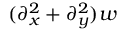
( \partial _ { x } ^ { 2 } + \partial _ { y } ^ { 2 } ) w